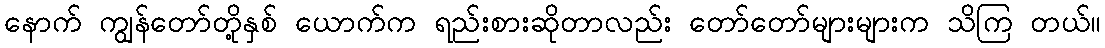
နောက် ကျွန်တော်တို့နှစ် ယောက်က ရည်းစားဆိုတာလည်း တော်တော်များများက သိကြ တယ်။